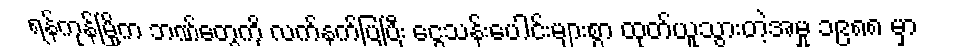
ရန်ကုန်မြို့က ဘဏ်တွေကို လက်နက်ပြပြီး ငွေသန်းပေါင်းများစွာ ထုတ်ယူသွားတဲ့အမှု ၁၉၈၈ မှာ